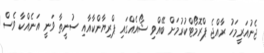
ޖެނުއަރީމަހު ރާއްޖެ ޕްރޮމޯޓްކުރުމަށް ބޭއްވި ޝޯއެއްގައި ޕްރިޔާންކާއާއި ސުނީތާ ވަނީ އަނެއްކާ ވެސް